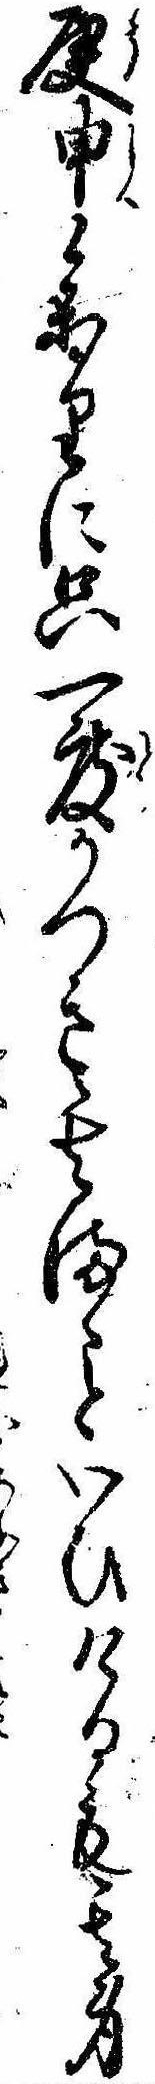
庚申参りに只一度かつき其まゝといひけるも其身